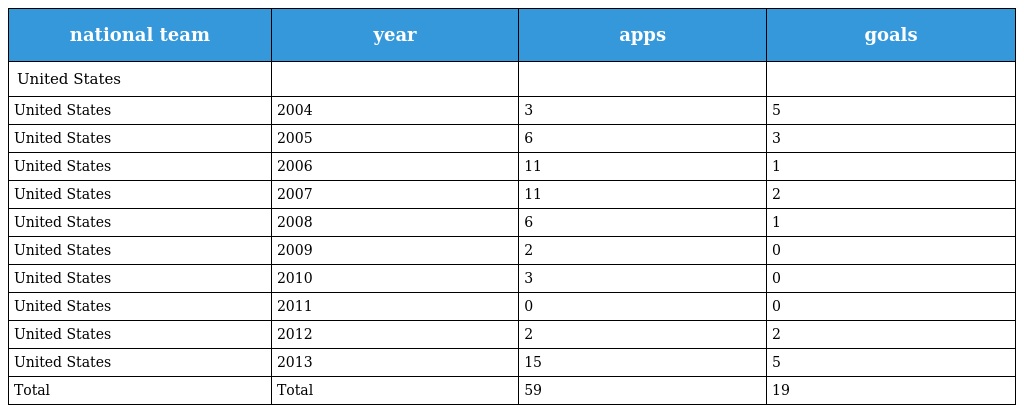
| national team | year | apps | goals |
 | --- | --- | --- | --- |
 | United States |  |  |  |
 | United States | 2004 | 3 | 5 |
 | United States | 2005 | 6 | 3 |
 | United States | 2006 | 11 | 1 |
 | United States | 2007 | 11 | 2 |
 | United States | 2008 | 6 | 1 |
 | United States | 2009 | 2 | 0 |
 | United States | 2010 | 3 | 0 |
 | United States | 2011 | 0 | 0 |
 | United States | 2012 | 2 | 2 |
 | United States | 2013 | 15 | 5 |
 | Total | Total | 59 | 19 |